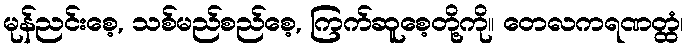
မုန်ညင်းစေ့, သစ်မည်စည်စေ့, ကြက်ဆူစေ့တို့ကို။ တေလကရဏတ္ထံ၊